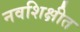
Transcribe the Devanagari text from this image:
नवशिक्षीत